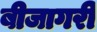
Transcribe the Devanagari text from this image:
बीजागरी